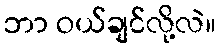
ဘာ ဝယ်ချင်လို့လဲ။